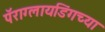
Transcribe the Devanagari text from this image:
पॅराग्लायडिंगच्या